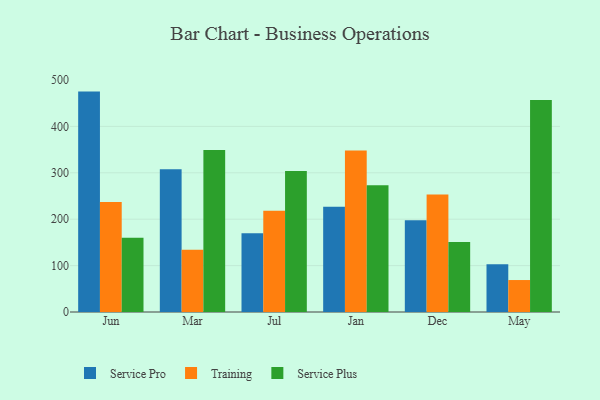
{"axis": {"x": "Month", "y": "Backlog"}, "legend": ["Service Plus", "Service Pro", "Training"], "data": [{"x": "Jun", "y": 475.0, "type": "Service Pro"}, {"x": "Jun", "y": 237.2, "type": "Training"}, {"x": "Jun", "y": 160.2, "type": "Service Plus"}, {"x": "Mar", "y": 307.6, "type": "Service Pro"}, {"x": "Mar", "y": 134.3, "type": "Training"}, {"x": "Mar", "y": 349.1, "type": "Service Plus"}, {"x": "Jul", "y": 169.5, "type": "Service Pro"}, {"x": "Jul", "y": 218.0, "type": "Training"}, {"x": "Jul", "y": 303.9, "type": "Service Plus"}, {"x": "Jan", "y": 226.7, "type": "Service Pro"}, {"x": "Jan", "y": 348.1, "type": "Training"}, {"x": "Jan", "y": 273.1, "type": "Service Plus"}, {"x": "Dec", "y": 198.0, "type": "Service Pro"}, {"x": "Dec", "y": 253.0, "type": "Training"}, {"x": "Dec", "y": 150.6, "type": "Service Plus"}, {"x": "May", "y": 102.8, "type": "Service Pro"}, {"x": "May", "y": 68.9, "type": "Training"}, {"x": "May", "y": 456.8, "type": "Service Plus"}]}